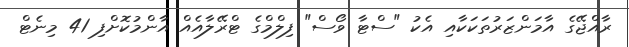
ރާއްޖޭގެ އާމަންޒަރުތަކަކާއި އެކު "ސްޓާ ވޯސް" ފިލްމްގެ ޓްރޭލާއެއް އާންމުކޮށްފި 41 މިނެޓް